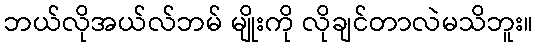
ဘယ်လိုအယ်လ်ဘမ် မျိုးကို လိုချင်တာလဲမသိဘူး။